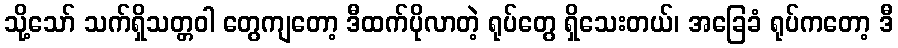
သို့သော် သက်ရှိသတ္တဝါ တွေကျတော့ ဒီထက်ပိုလာတဲ့ ရုပ်တွေ ရှိသေးတယ်၊ အခြေခံ ရုပ်ကတော့ ဒီ